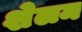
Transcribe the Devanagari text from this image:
शेलम